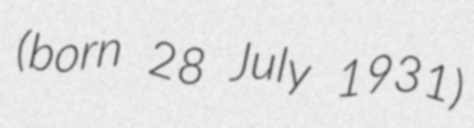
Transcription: (born 28 July 1931)